Rae_vallavalitsus, lk 13
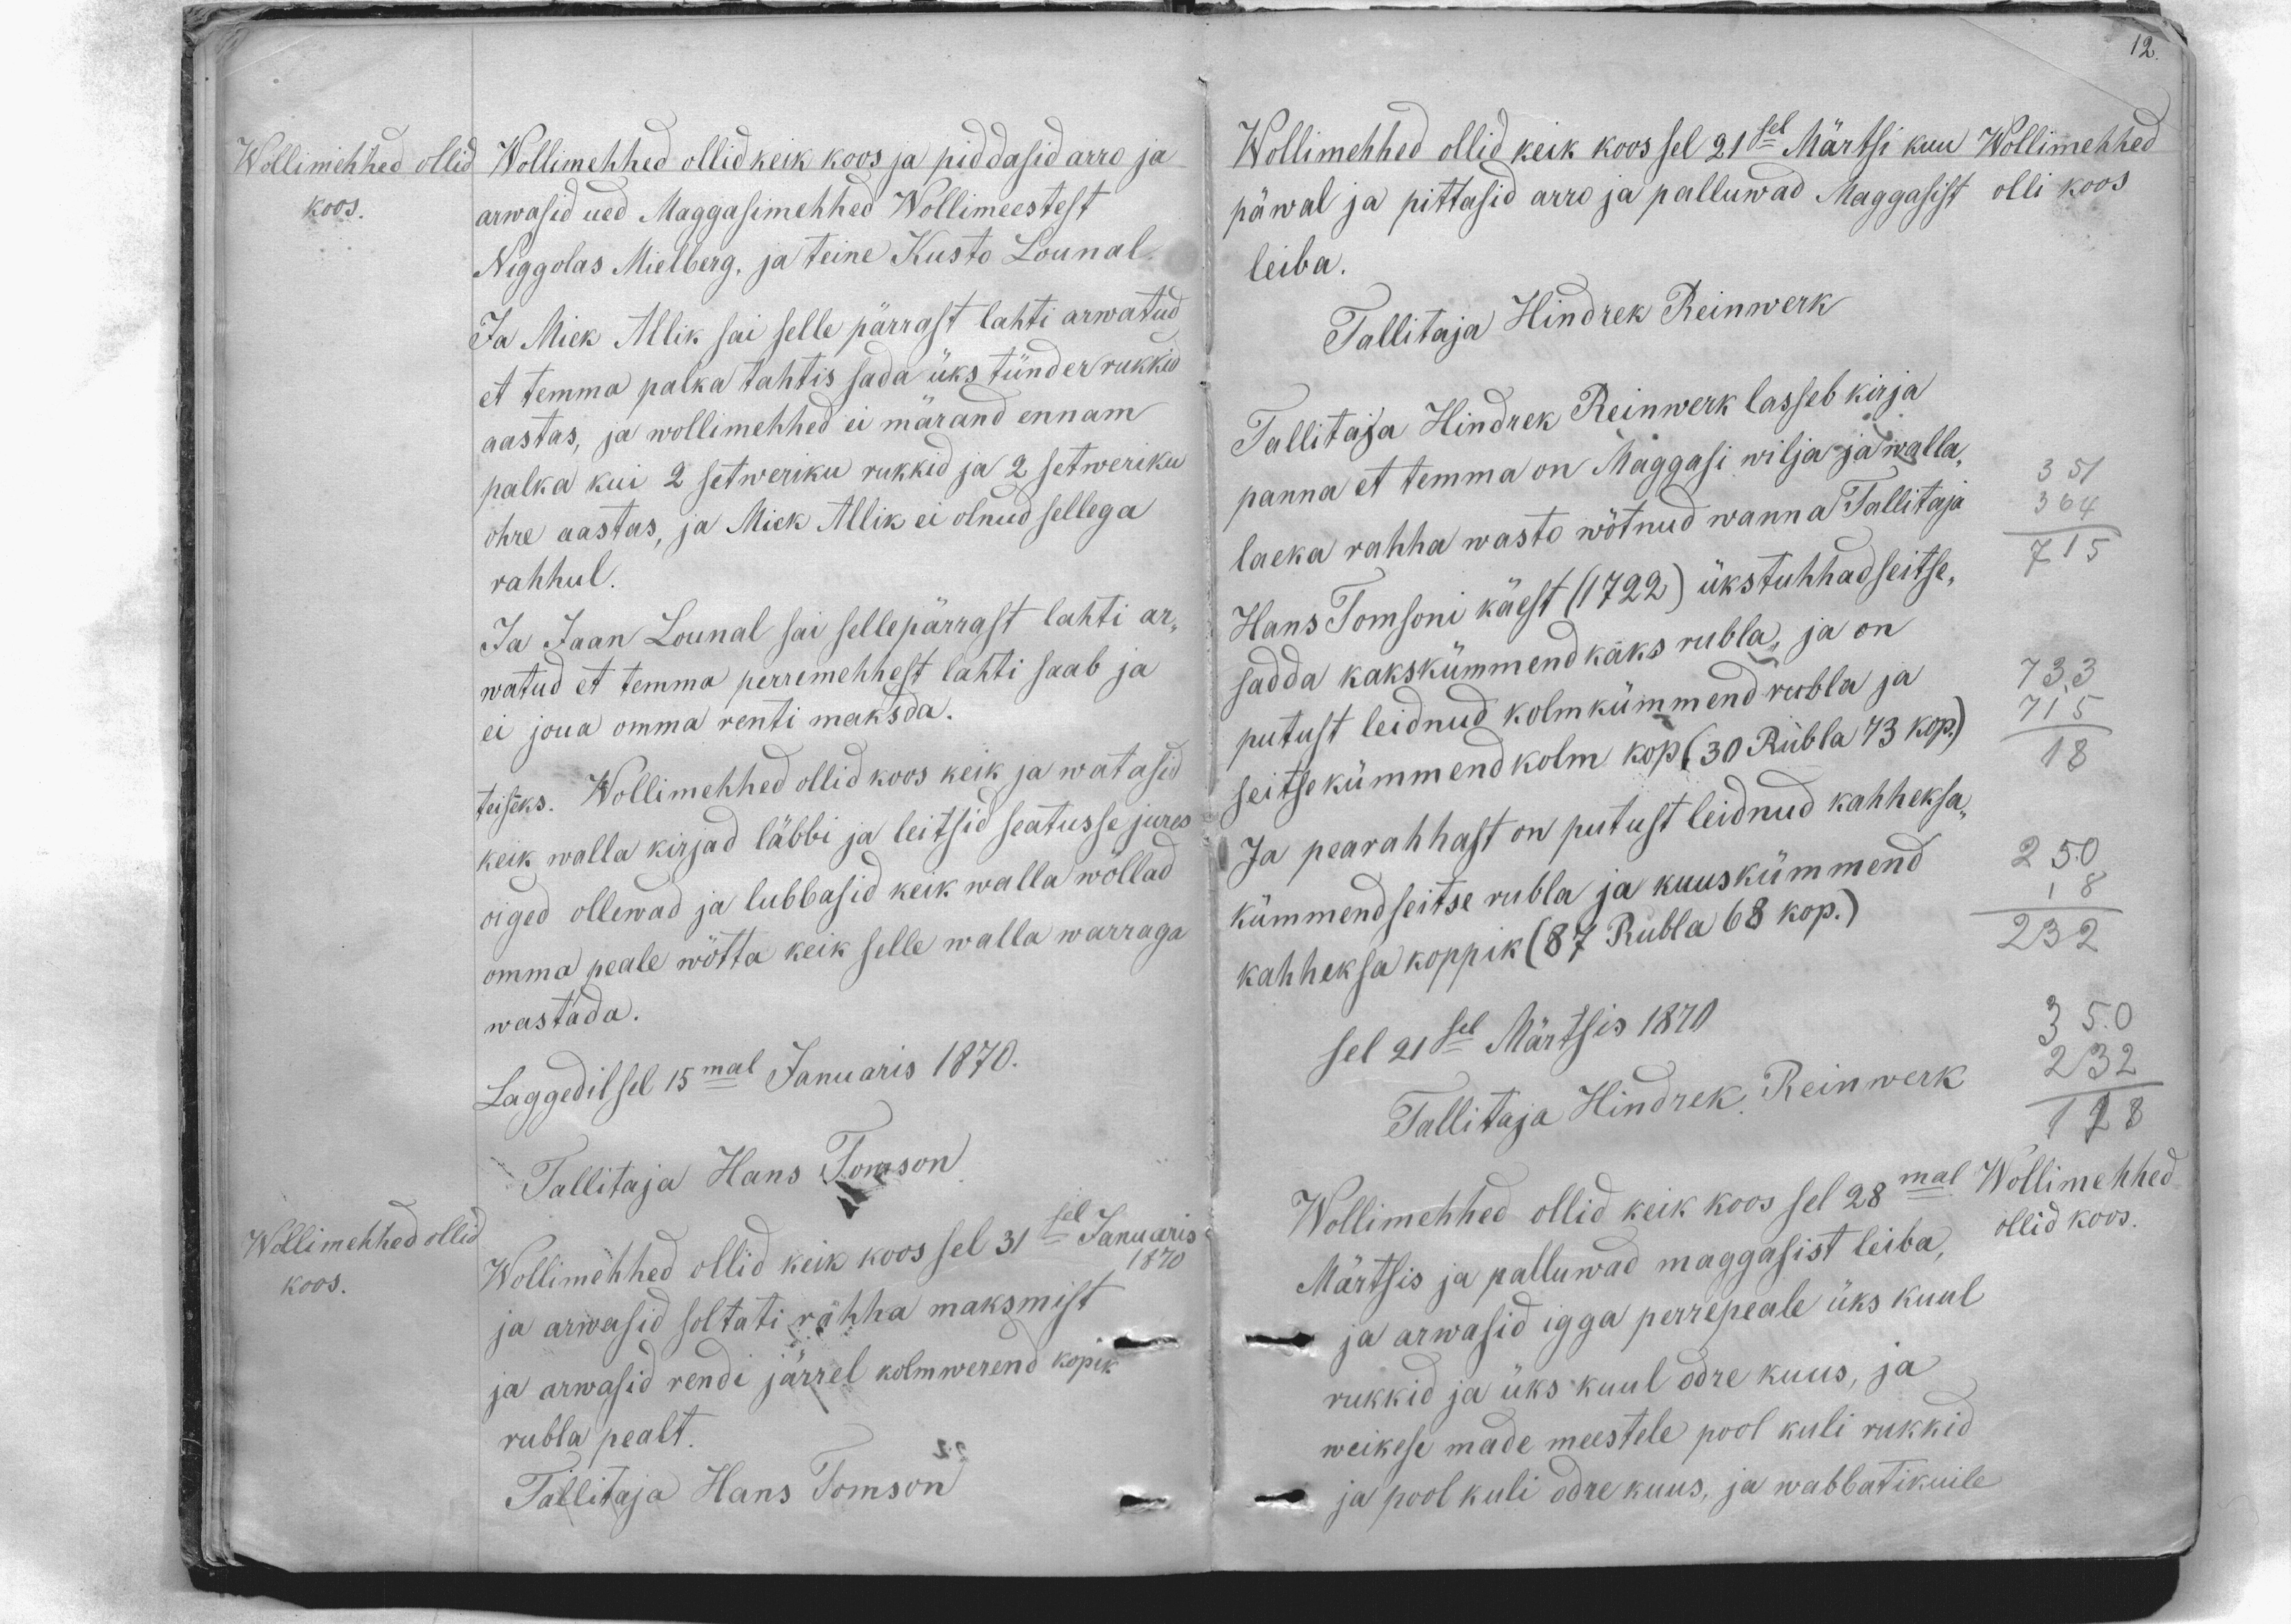
Wollimehhed ollid
koos.
Wollimehhed ollid keik koos ja piddasid arro ja
arwasid ued Maggasimehhed Wollimeestest
Niggolas Mielberg, ja teine Kusto Lounal.
Ja Mick Allik sai selle pärrast lahti arwatud
et temma palka tahtis sada üks tünder rukkid
aastas, ja wollimehhed ei märand ennam
palka kui 2 setweriku rukkid ja 2 setweriku
ohre aastas, ja Mick Allik ei olnud sellega
rahhul
Ja Jaan Lounal sai sellepärrast lahti ar-
watud et temma perremehhest lahti saab ja
ei joua omma renti maksda.
teiseks. Wollimehhed ollid koos keik ja watasid
keik walla kirjad läbbi ja leitsid seatusse jures
oiged ollewad ja lubbasid keik walla wõllad
omma peale wõtta keik selle walla warraga
wastada.
Laggedil sel 15mal Januaris 1870.
Tallitaja Hans Tomson.
Wollimehhed ollid
koos.
Wollimehhed ollid keik koos sel 31sel Januaris
1870
ja arwasid soltati rahha maksmist
ja arwasid rendi järrel kolmwerend kopik
rubla pealt.
Tallitaja Hans Tomson

12.
Wollimehhed
olli koos
Wollimehhed ollid keik koos sel 21sel Märtsi kuu
päwal ja pittasid arro ja palluwad Maggasist
leiba.
Tallitaja Hindrek Reinwerk
Tallitaja Hindrek Reinwerk lasseb kirja
panna et temma on Maggasi wilja ja walla-
laeka rahha wasto wõtnud wanna Tallitaja
Hans Tomsoni käest (1722) ükstuhhadseitse-
sadda kakskümmend kaks rubla, ja on
putust leidnud kolmkümmend rubla ja
seitsekümmend kolm kop (30 Rubla 73 kop.)
Ja pearahhast on putust leidnud kahheksa-
kümmend seitse rubla ja kuuskümmend
kahheksa koppik (87 Rubla 68 kop.)
sel 21sel Märtsis 1870
Tallitaja Hindrek Reinwerk
Wollimehhed
ollid koos.
Wollimehhed ollid keik koos sel 28mal
Märtsis ja palluwad maggasist leiba,
ja arwasid igga perrepeale üks kuul
rukkid ja üks kuul odre kuus, ja
weikese made meestele pool kuli rukkid
ja pool kuli odre kuus, ja wabbatikuile